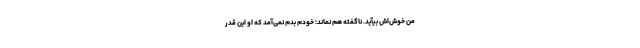
من خوش‌اش بیآید. ناگفته هم نماند؛ خودم بدم نمی‌آمد که او این قدر